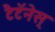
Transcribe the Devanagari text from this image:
टैटॅनेस्